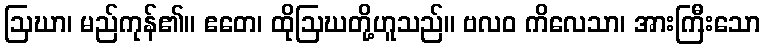
ဩဃာ၊ မည်ကုန်၏။ ဧတေ၊ ထိုဩဃတို့ဟူသည်။ ဗလဝ ကိလေသာ၊ အားကြီးသော